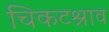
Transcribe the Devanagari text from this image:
चिकटश्राव